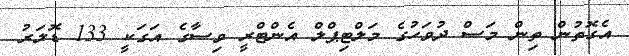
އެގޮތުން ތިން މަސް ދުވަހުގެ މަލްޓިޕްލް އެންޓްރީ ވިސާގެ އަގަކީ 133 ޑޮލަރު